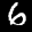
Label: 6